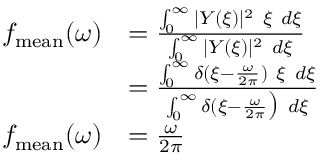
\begin{array} { r l } { f _ { \mathrm { m e a n } } ( \omega ) } & { = \frac { \int _ { 0 } ^ { \infty } | Y ( \xi ) | ^ { 2 } ~ \xi ~ d \xi } { \int _ { 0 } ^ { \infty } | Y ( \xi ) | ^ { 2 } ~ d \xi } } \\ & { = \frac { \int _ { 0 } ^ { \infty } \delta ( \xi - \frac { \omega } { 2 \pi } ) ~ \xi ~ d \xi } { \int _ { 0 } ^ { \infty } \delta ( \xi - \frac { \omega } { 2 \pi } \big ) ~ d \xi } } \\ { f _ { \mathrm { m e a n } } ( \omega ) } & { = \frac { \omega } { 2 \pi } } \end{array}